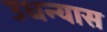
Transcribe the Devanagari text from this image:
उधन्यास